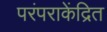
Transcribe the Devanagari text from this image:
परंपराकेंद्रित